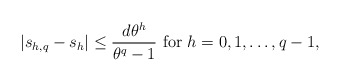
\begin{align*} |s_{h,q}-s_h|\le\frac{d\theta^{h}}{\theta^{q}-1}~{\rm for}~h=0,1,\dots,q-1,\end{align*}